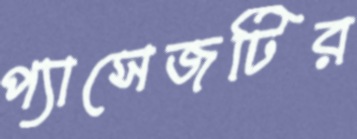
প্যাসেজটির